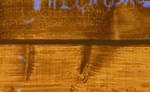
أدوات منزلية عالية الجودة